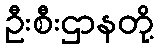
ဦးစီးဌာနတို့